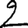
Digit: 2